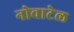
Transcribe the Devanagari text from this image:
नोवाटेल